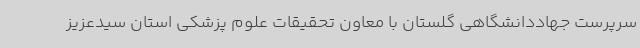
سرپرست جهاددانشگاهی گلستان با معاون تحقیقات علوم پزشکی استان سیدعزیز